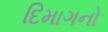
દિમાગનો